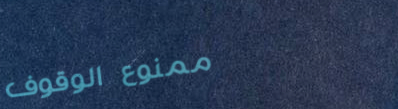
ممنوع الوقوف